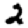
Digit: 2